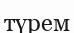
түрем